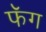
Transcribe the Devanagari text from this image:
फॅग